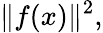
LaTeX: \| f(x)\| ^{2},